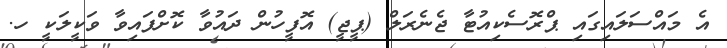
އެ މައްސަލައިގައި ޕްރޮސެކިއުޓާ ޖެނެރަލް (ޕީޖީ) އޮފީހުން ދައުވާ ކޮށްފައިވާ ވަކީލަކީ ހ.